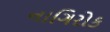
નાગિરોક